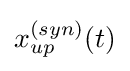
x_{up}^{(syn)}(t)